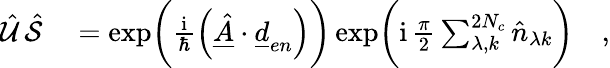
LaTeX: \begin{array}{rl}{\hat{\mathcal{U}}\, \hat{\mathcal{S}}}&{{}=\exp\biggl(\frac{\mathrm{i}}{\hbar}\left(\underline{{\hat{A}}}\cdot\underline{{d}}_{en}\right)\biggr)\exp\biggl(\mathrm{i}\, \frac{\pi}{2}\sum_{\lambda,k}^{2N_{c}}\hat{n}_{\lambda k}\biggr)\quad,}\end{array}